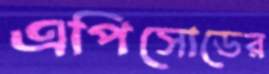
এপিসোডের